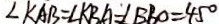
\angle K A B = \angle K B A = \angle B B O = 4 5 ^ { \circ }